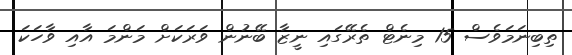
ތިބިނަމަވެސް 15 މިނެޓް ތެރޭގައި ނީޒާ ބޭނުން ވަރަކަށް މަންމަ އާއި ވާހަކަ